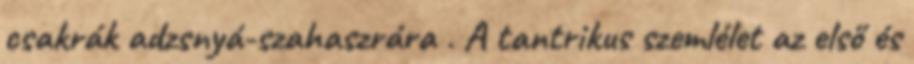
csakrák adzsnyá-szahaszrára . A tantrikus szemlélet az első és